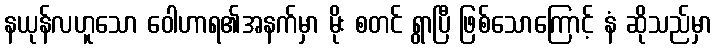
နယုန်လဟူသော ဝေါဟာရ၏အနက်မှာ မိုး စတင် ရွာပြီ ဖြစ်သောကြောင့် နံ ဆိုသည်မှာ